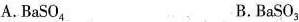
A.BaSO_{4} B.BaSO_{3}